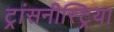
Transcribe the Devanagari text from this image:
ट्रांसनीस्ट्रिया